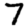
Digit: 7